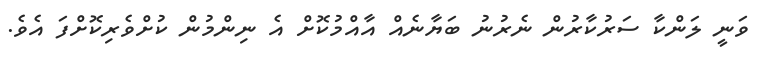
ވަނީ ލަންކާ ސަރުކާރުން ނެރުނު ބަޔާނެއް އާއްމުކޮށް އެ ނިންމުން ކުށްވެރިކޮށްފަ އެވެ.